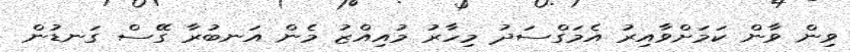
ވިން ވާން ކަމަށްވާއިރު އެމަގްސަދު މިހާރު މުއިއްޒު މެން އަނބުރާ ގޭސް ގަނޑުން